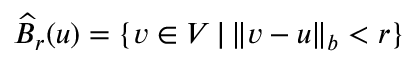
\widehat { B } _ { r } ( u ) = \{ v \in V \, | \, \Vert v - u \Vert _ { b } < r \}